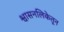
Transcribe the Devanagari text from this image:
श्वासनलिकेतून